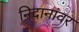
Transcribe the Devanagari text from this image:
निदानांवर